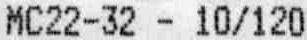
MC22-32 - 10/120